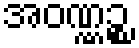
အဝဏ္ဏဉ္စ